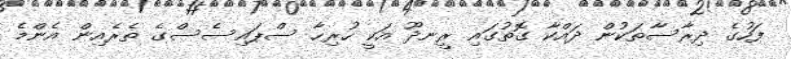
ފަހުގެ ދިރާސާތަކުން ދައްކާ ގޮތުގައި ރީނދޫ އަކީ ހުރިހާ ސްޕައިސެސްގެ ތެރެއިން އެންމެ